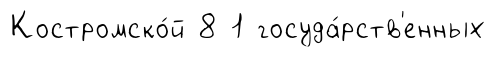
Костромско́й 8 1 госуда́рств'енных